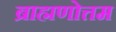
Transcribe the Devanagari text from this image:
ब्राह्मणोत्तम